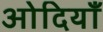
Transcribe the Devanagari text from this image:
ओदियाँ